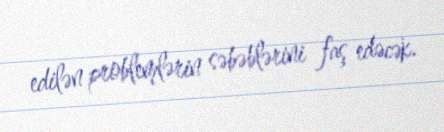
edilən problemlərin səbəblərini faş edəcək.